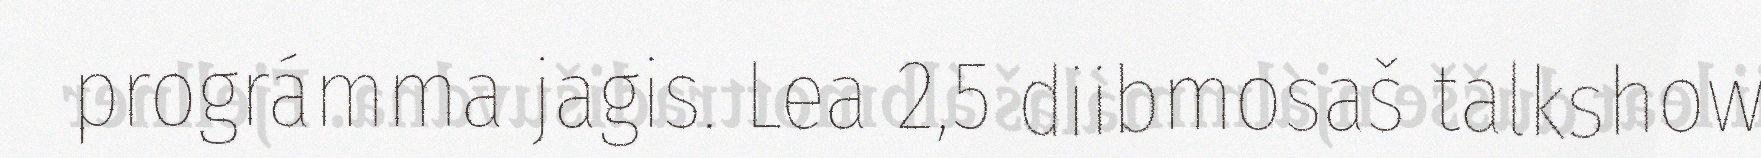
prográmma jagis. Lea 2,5 diibmosaš talkshow